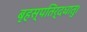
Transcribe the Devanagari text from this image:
बृहस्पतिर्दधातु।